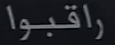
راقبوا